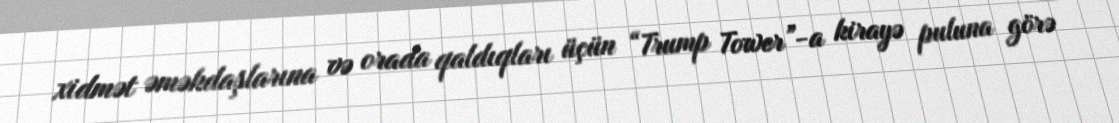
xidmət əməkdaşlarına və orada qaldıqları üçün “Trump Tower”-a kirayə puluna görə